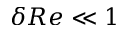
\delta R e \ll 1